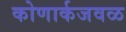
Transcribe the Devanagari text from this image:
कोणार्कजवळ